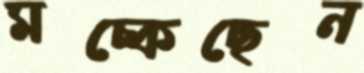
মচ্‌কেছেন